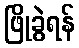
ဖြိုခွဲရန်